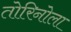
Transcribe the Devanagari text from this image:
तोरिनोला